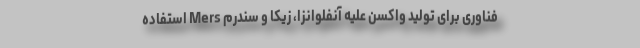
فناوری برای تولید واکسن علیه آنفلوانزا، زیکا و سندرم Mers استفاده